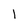
Character: 1